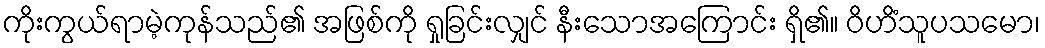
ကိုးကွယ်ရာမဲ့ကုန်သည်၏ အဖြစ်ကို ရှုခြင်းလျှင် နီးသောအကြောင်း ရှိ၏။ ဝိဟိံသူပသမော၊